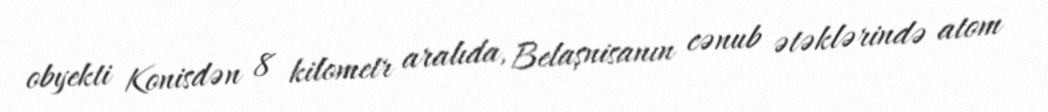
obyekti Konisdən 8 kilometr aralıda, Belaşnisanın cənub ətəklərində atom